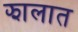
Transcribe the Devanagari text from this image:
झालात